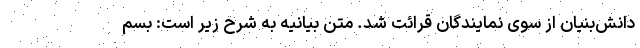
دانش‌بنیان از سوی نمایندگان قرائت شد. متن بیانیه به شرح زیر است: بسم